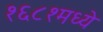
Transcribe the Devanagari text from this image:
१६८१मध्ये